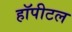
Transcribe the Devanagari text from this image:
हॉपीटल